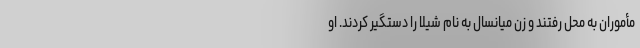
مأموران به محل رفتند و زن میانسال به نام شیلا را دستگیر کردند. او